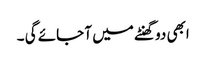
ابھی دو گھنٹے میں آ جائے گی ۔